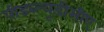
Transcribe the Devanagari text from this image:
पीडब्ल्यूडीसीए